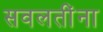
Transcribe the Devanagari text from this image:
सवलतींना